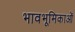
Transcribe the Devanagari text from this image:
भावभूमिकाओं